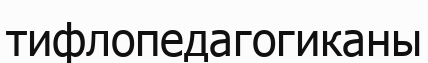
тифлопедагогиканы